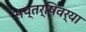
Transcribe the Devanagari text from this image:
सप्तर्षिवर्या